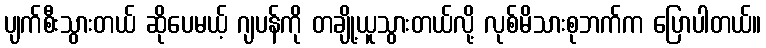
ပျက်စီးသွားတယ် ဆိုပေမယ့် ဂျပန်ကို တချို့ယူသွားတယ်လို့ လုစ်မိသားစုဘက်က ပြောပါတယ်။